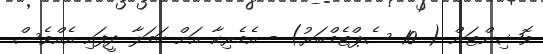
ވޮޝިންޓަން ( 10 ސެޕްޓެމްބަރު) - އެމެރިކާ އަށް ހަމަލާ ދީފައި އެއްވެސް